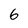
Character: 6